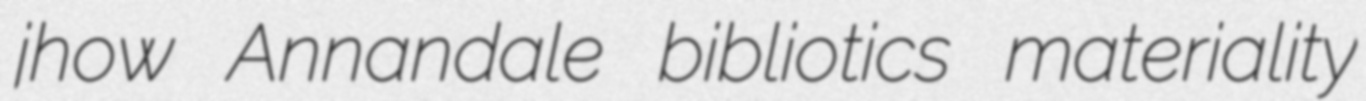
jhow Annandale bibliotics materiality